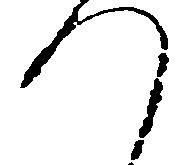
つ